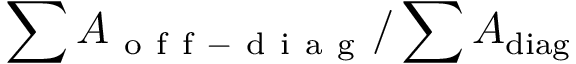
\sum A _ { \mathrm { ~ o ~ f ~ f ~ - ~ d ~ i ~ a ~ g ~ } } / \sum A _ { \mathrm { d i a g } }